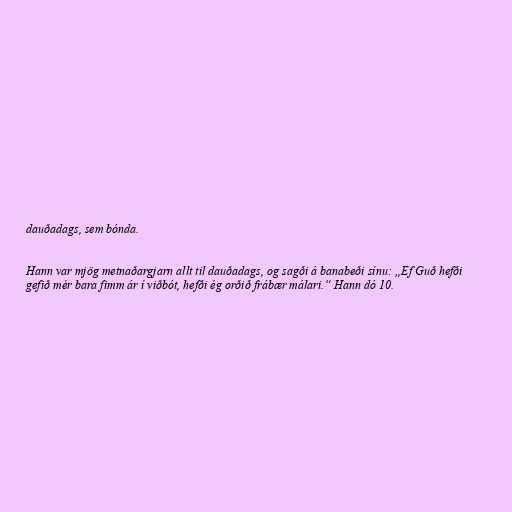
dauðadags, sem bónda.

Hann var mjög metnaðargjarn allt til dauðadags, og sagði á banabeði sínu: „Ef Guð hefði
gefið mér bara fimm ár í viðbót, hefði ég orðið frábær málari.“ Hann dó 10.